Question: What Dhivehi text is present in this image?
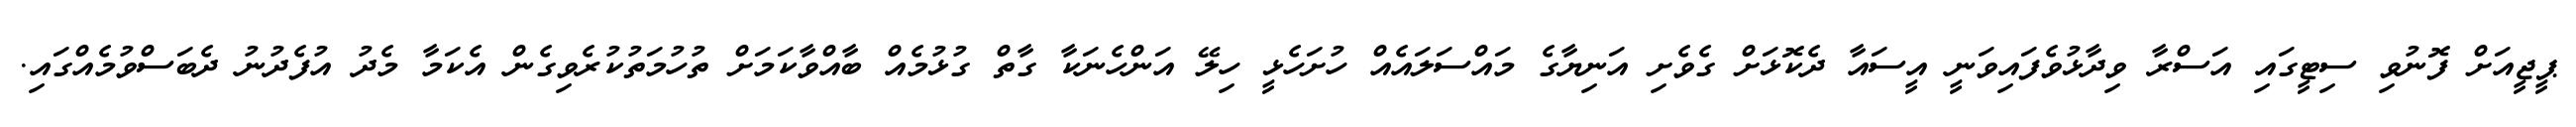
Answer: ޕީޖީއަށް ފޮނުވި ސިޓީގައި އަސްރާ ވިދާޅުވެފައިވަނީ އީސައާ ދެކޮޅަށް ގެވެށި އަނިޔާގެ މައްސަލައެއް ހުށަހެޅީ ހިލޭ އަންހެނަކާ ގާތް ގުޅުމެއް ބާއްވާކަމަށް ތުހުމަތުކުރެވިގެން އެކަމާ މެދު އުފެދުނު ދެބަސްވުމެއްގައި.